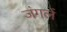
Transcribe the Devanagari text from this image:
जंगलें